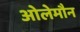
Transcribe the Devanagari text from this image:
ओलेमौन